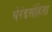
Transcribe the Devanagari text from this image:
घेरंडसंहिता